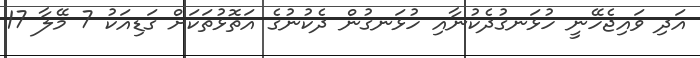
އަދި ވައިޖެހޭނީ ހުޅަނގުދެކުނާއި ހުޅަނގުން ދެކުނުގެ އަތޮޅުތަކަށް ގަޑިއަކު 7 މޭލާ 17